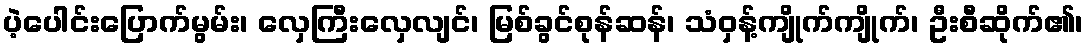
ပဲ့ပေါင်းပြောက်မွမ်း၊ လှေကြီးလှေလျင်၊ မြစ်ခွင်စုန်ဆန်၊ သံဝှန့်ကျိုက်ကျိုက်၊ ဦးစီဆိုက်၏၊